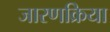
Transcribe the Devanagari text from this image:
जारणक्रिया